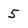
Character: 5